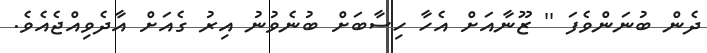
ދެން ބުނަންވެފަ '' ޒޫނާއަށް އެހާ ހިސާބަށް ބުނެވުނު އިރު ގެއަށް އާދެވިއްޖެއެވެ.